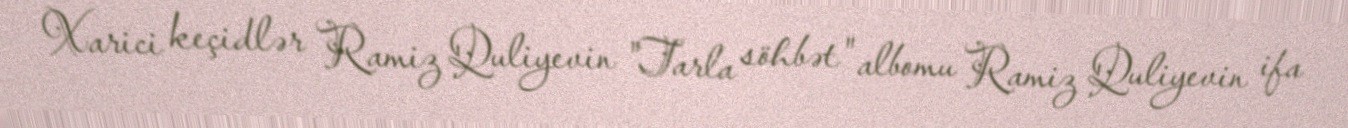
Xarici keçidlər Ramiz Quliyevin "Tarla söhbət" albomu Ramiz Quliyevin ifa